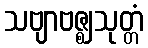
သဗျာဗဇ္ဈသုတ္တံ